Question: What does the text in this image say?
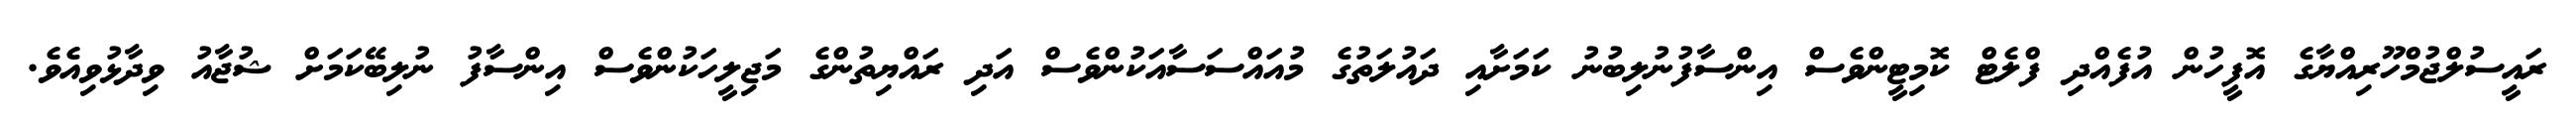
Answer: ރައީސުލްޖުމްހޫރިއްޔާގެ އޮފީހުން އުފެއްދި ފްލެޓް ކޮމިޓީންވެސް އިންސާފުނުލިބުނު ކަމަށާއި ދައުލަތުގެ މުއައްސަސާއަކުންވެސް އަދި ރައްޔިތުންގެ މަޖިލީހަކުންވެސް އިންސާފު ނުލިބޭކަމަށް ޝުޖާއު ވިދާޅުވިއެވެ.